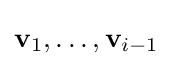
\mathbf {v} _{1},\ldots ,\mathbf {v} _{i-1}